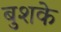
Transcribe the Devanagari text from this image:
बुशके